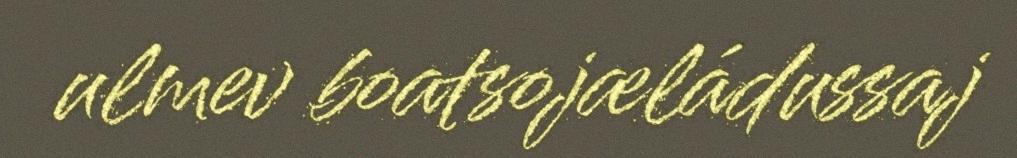
ulmev boatsojæládussaj